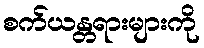
စက်ယန္တရားများကို